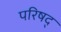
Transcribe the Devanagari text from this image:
परिषद्‍